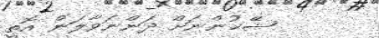
ޝޭޚުންނަށް ދަންނަވާލަން އޮތީ